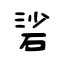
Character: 硰